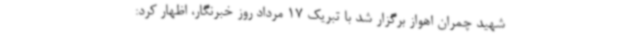
شهید چمران اهواز برگزار شد با تبریک 17 مرداد روز خبرنگار، اظهار کرد: